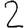
Digit: 2